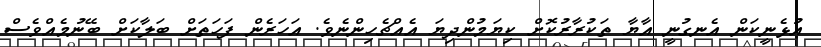
އުޅެނީކަން އެނގުނީ އާޔާ ތަކުރާރުކޮށް ކިޔަމުންދިޔަ އެއްޗެހިންނެވެ. އަހަރެން ފަހަތަށް ބަލާކަށް ބޭނުމެއްވެސް